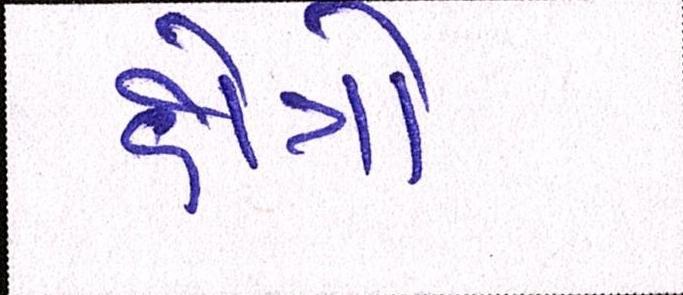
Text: ક્ષેત્રો